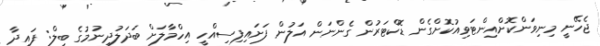
ޖެހޭނީ މިނިވަންކޮށްއިންޓަވިއުކޮށްގެން ޑޮކްޓަރުން ގެންނަން އަލުން ފަށައިފިސިއްހީ އިހްމާލަށް ބަދަލުދިނުމުގެ ބިލް: ފައިދާ